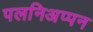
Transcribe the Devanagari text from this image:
पलनिअप्पन